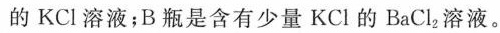
的KCl溶液；B瓶是含有少量KCl的BaCl2溶液。